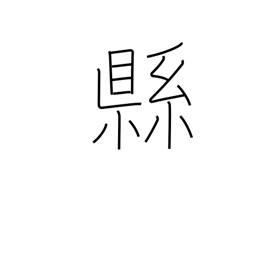
Meaning: subdivision